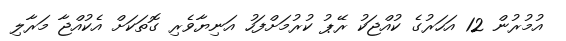
އުމުރުން 12 އަހަރުގެ ކުއްޖަކު ރޭޕު ކުރުމަށްފަހު އަނިޔާވެރި ގޮތަކަށް އެކުއްޖާ މަރާލި